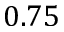
0 . 7 5